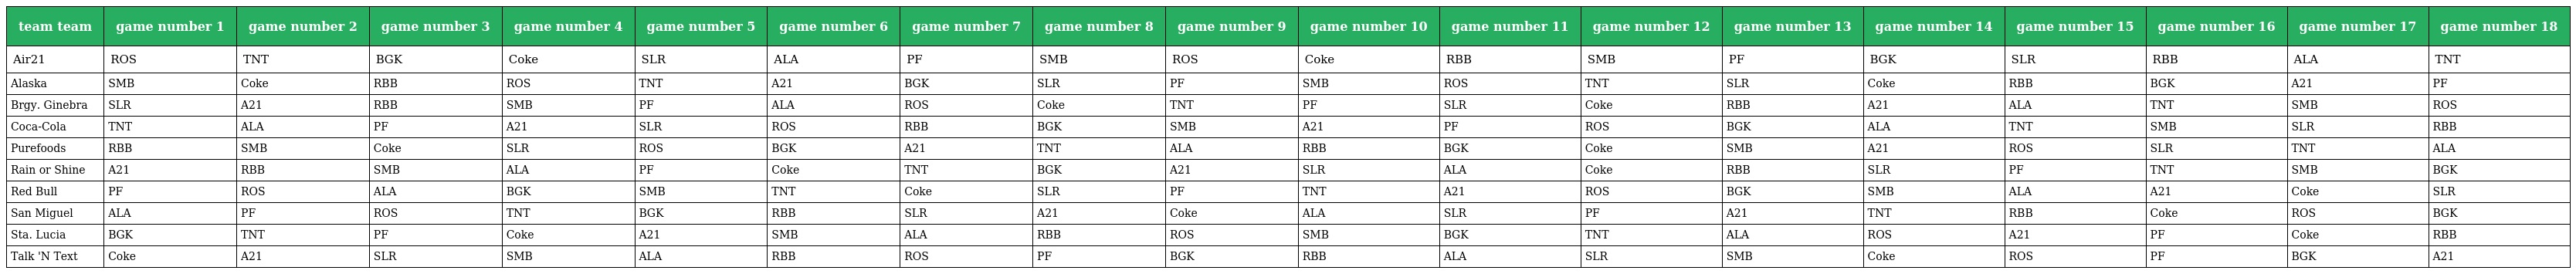
| team team | game number 1 | game number 2 | game number 3 | game number 4 | game number 5 | game number 6 | game number 7 | game number 8 | game number 9 | game number 10 | game number 11 | game number 12 | game number 13 | game number 14 | game number 15 | game number 16 | game number 17 | game number 18 |
 | --- | --- | --- | --- | --- | --- | --- | --- | --- | --- | --- | --- | --- | --- | --- | --- | --- | --- | --- |
 | Air21 | ROS | TNT | BGK | Coke | SLR | ALA | PF | SMB | ROS | Coke | RBB | SMB | PF | BGK | SLR | RBB | ALA | TNT |
 | Alaska | SMB | Coke | RBB | ROS | TNT | A21 | BGK | SLR | PF | SMB | ROS | TNT | SLR | Coke | RBB | BGK | A21 | PF |
 | Brgy. Ginebra | SLR | A21 | RBB | SMB | PF | ALA | ROS | Coke | TNT | PF | SLR | Coke | RBB | A21 | ALA | TNT | SMB | ROS |
 | Coca-Cola | TNT | ALA | PF | A21 | SLR | ROS | RBB | BGK | SMB | A21 | PF | ROS | BGK | ALA | TNT | SMB | SLR | RBB |
 | Purefoods | RBB | SMB | Coke | SLR | ROS | BGK | A21 | TNT | ALA | RBB | BGK | Coke | SMB | A21 | ROS | SLR | TNT | ALA |
 | Rain or Shine | A21 | RBB | SMB | ALA | PF | Coke | TNT | BGK | A21 | SLR | ALA | Coke | RBB | SLR | PF | TNT | SMB | BGK |
 | Red Bull | PF | ROS | ALA | BGK | SMB | TNT | Coke | SLR | PF | TNT | A21 | ROS | BGK | SMB | ALA | A21 | Coke | SLR |
 | San Miguel | ALA | PF | ROS | TNT | BGK | RBB | SLR | A21 | Coke | ALA | SLR | PF | A21 | TNT | RBB | Coke | ROS | BGK |
 | Sta. Lucia | BGK | TNT | PF | Coke | A21 | SMB | ALA | RBB | ROS | SMB | BGK | TNT | ALA | ROS | A21 | PF | Coke | RBB |
 | Talk 'N Text | Coke | A21 | SLR | SMB | ALA | RBB | ROS | PF | BGK | RBB | ALA | SLR | SMB | Coke | ROS | PF | BGK | A21 |